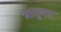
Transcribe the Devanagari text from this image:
भ्रातृवत